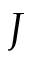
J